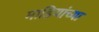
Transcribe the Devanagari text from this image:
माडियांच्या